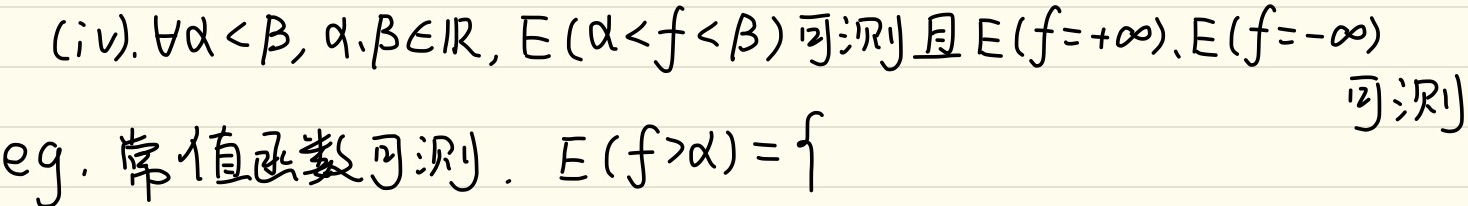
(iv). $\forall \alpha<\beta, \alpha,\beta \in \mathbb{R}, E(\alpha < f<\beta)$可测且$E(f = +\infty),E(f = -\infty)$可测
eg. 常值函数可测. $E(f>\alpha) = \{$